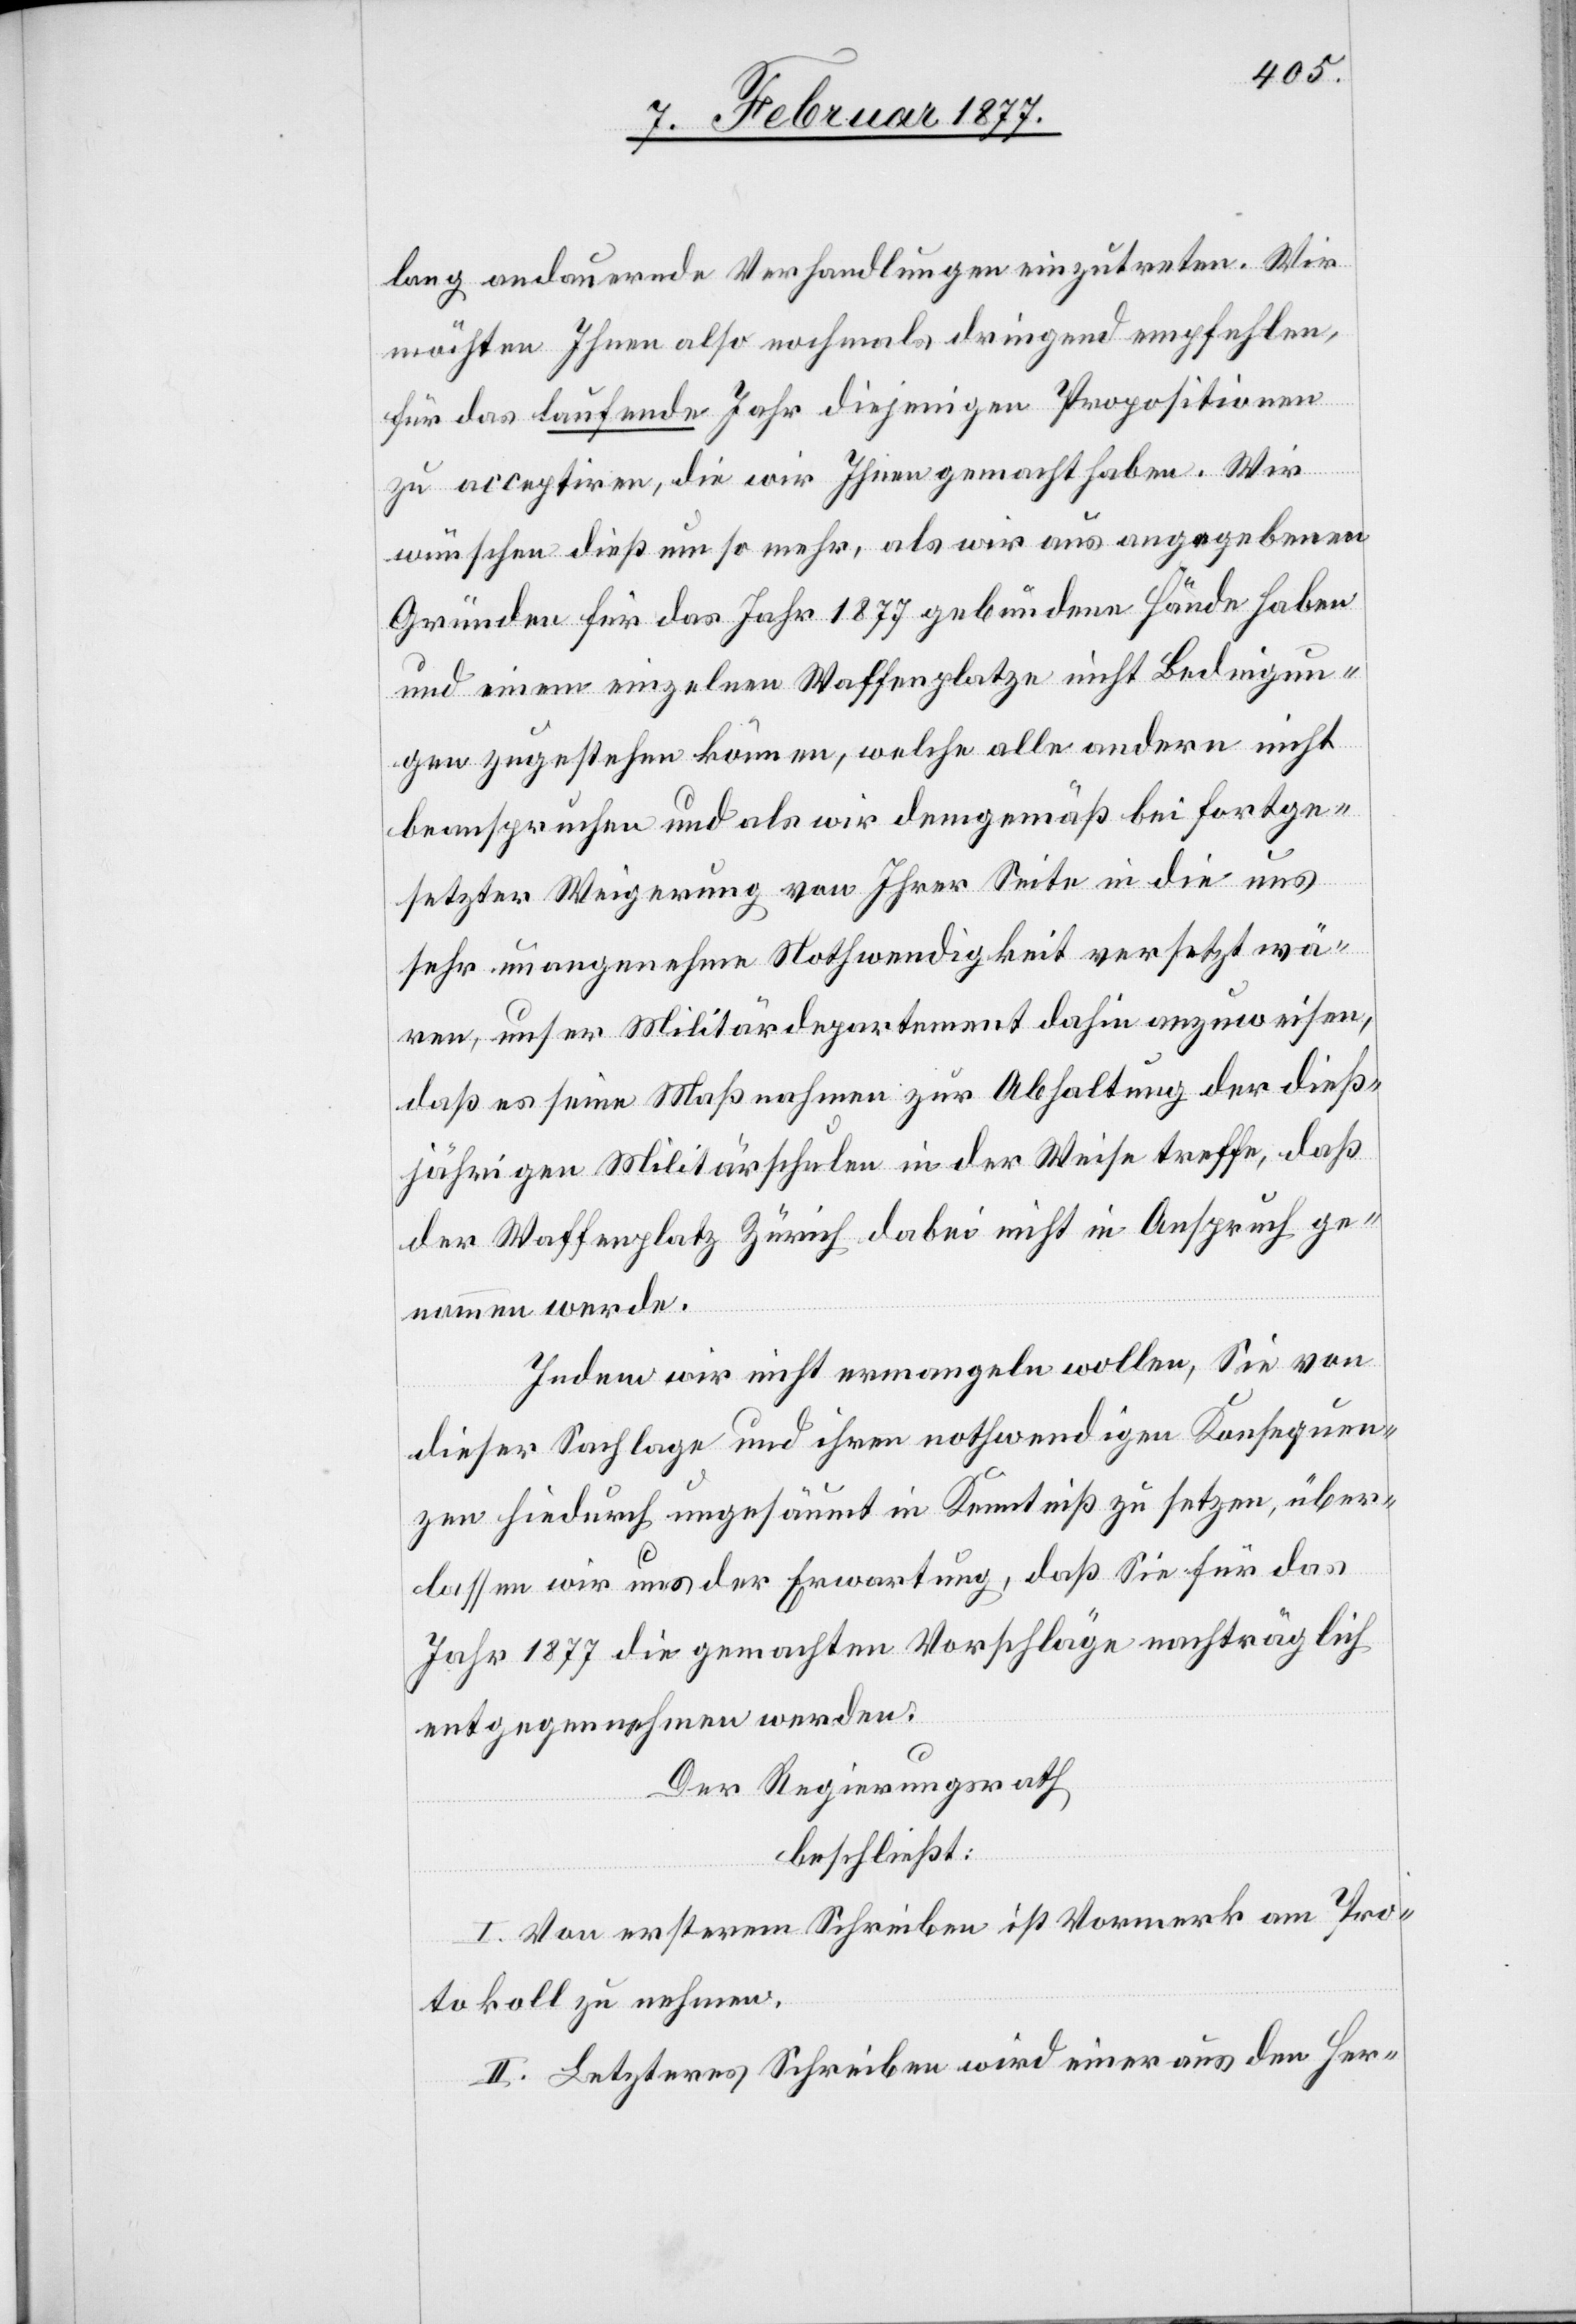
lang andauernde Verhandlungen einzutreten. Wir
möchten Ihnen also nochmals dringend empfehlen,
für das laufende Jahr diejenigen Propositionen
zu acceptiren, die wir Ihnen gemacht haben. Wir
wünschen dieß um so mehr, als wir aus angegebenen
Gründen für das Jahr 1877 gebundene Hände haben
und einem einzelnen Waffenplatze nicht Bedingun¬
gen zugestehen können, welche alle andern nicht
beanspruchen und als wir demgemäß bei fortge¬
setzter Weigerung von Ihrer Seite in die uns
sehr unangenehme Nothwendigkeit versetzt wä¬
ren, unser Militärdepartement dahin anzuweisen,
daß es seine Maßnahmen zu Abhaltung der dieß¬
jährigen Militärschule in der Weise treffe, daß
der Waffenplatz Zürich dabei nicht in Anspruch ge¬
nommen werde.
Indem wir nicht ermangeln wollen, Sie von
dieser Sachlage und ihren nothwendigen Konsequen¬
zen hiedurch ungesäumt in Kenntniß zu setzten, über¬
lassen wir uns der Erwartung, daß Sie für das
Jahr 1877 die gemachten Vorschläge nachträglich
entgegennehmen werden.
Der Regierungsrath
beschließt:
I. Von ersterem Schreiben ist Vormerk am Pro¬
tokoll zu nehmen.
II. Letzteres Schreiben wird einer aus den Her-